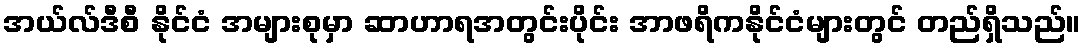
အယ်လ်ဒီစီ နိုင်ငံ အများစုမှာ ဆာဟာရအတွင်းပိုင်း အာဖရိကနိုင်ငံများတွင် တည်ရှိသည်။